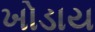
ખોડાય